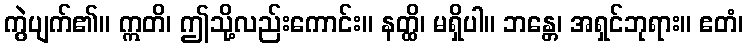
ကွဲပျက်၏။ ဣတိ၊ ဤသို့လည်းကောင်း။ နတ္ထိ၊ မရှိပါ။ ဘန္တေ၊ အရှင်ဘုရား။ ဧတံ၊